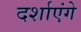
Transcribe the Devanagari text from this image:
दर्शाएंगे